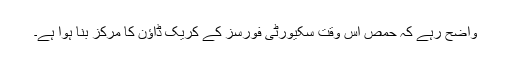
واضح رہے کہ حمص اس وقت سکیورٹی فورسز کے کریک ڈاؤن کا مرکز بنا ہوا ہے۔